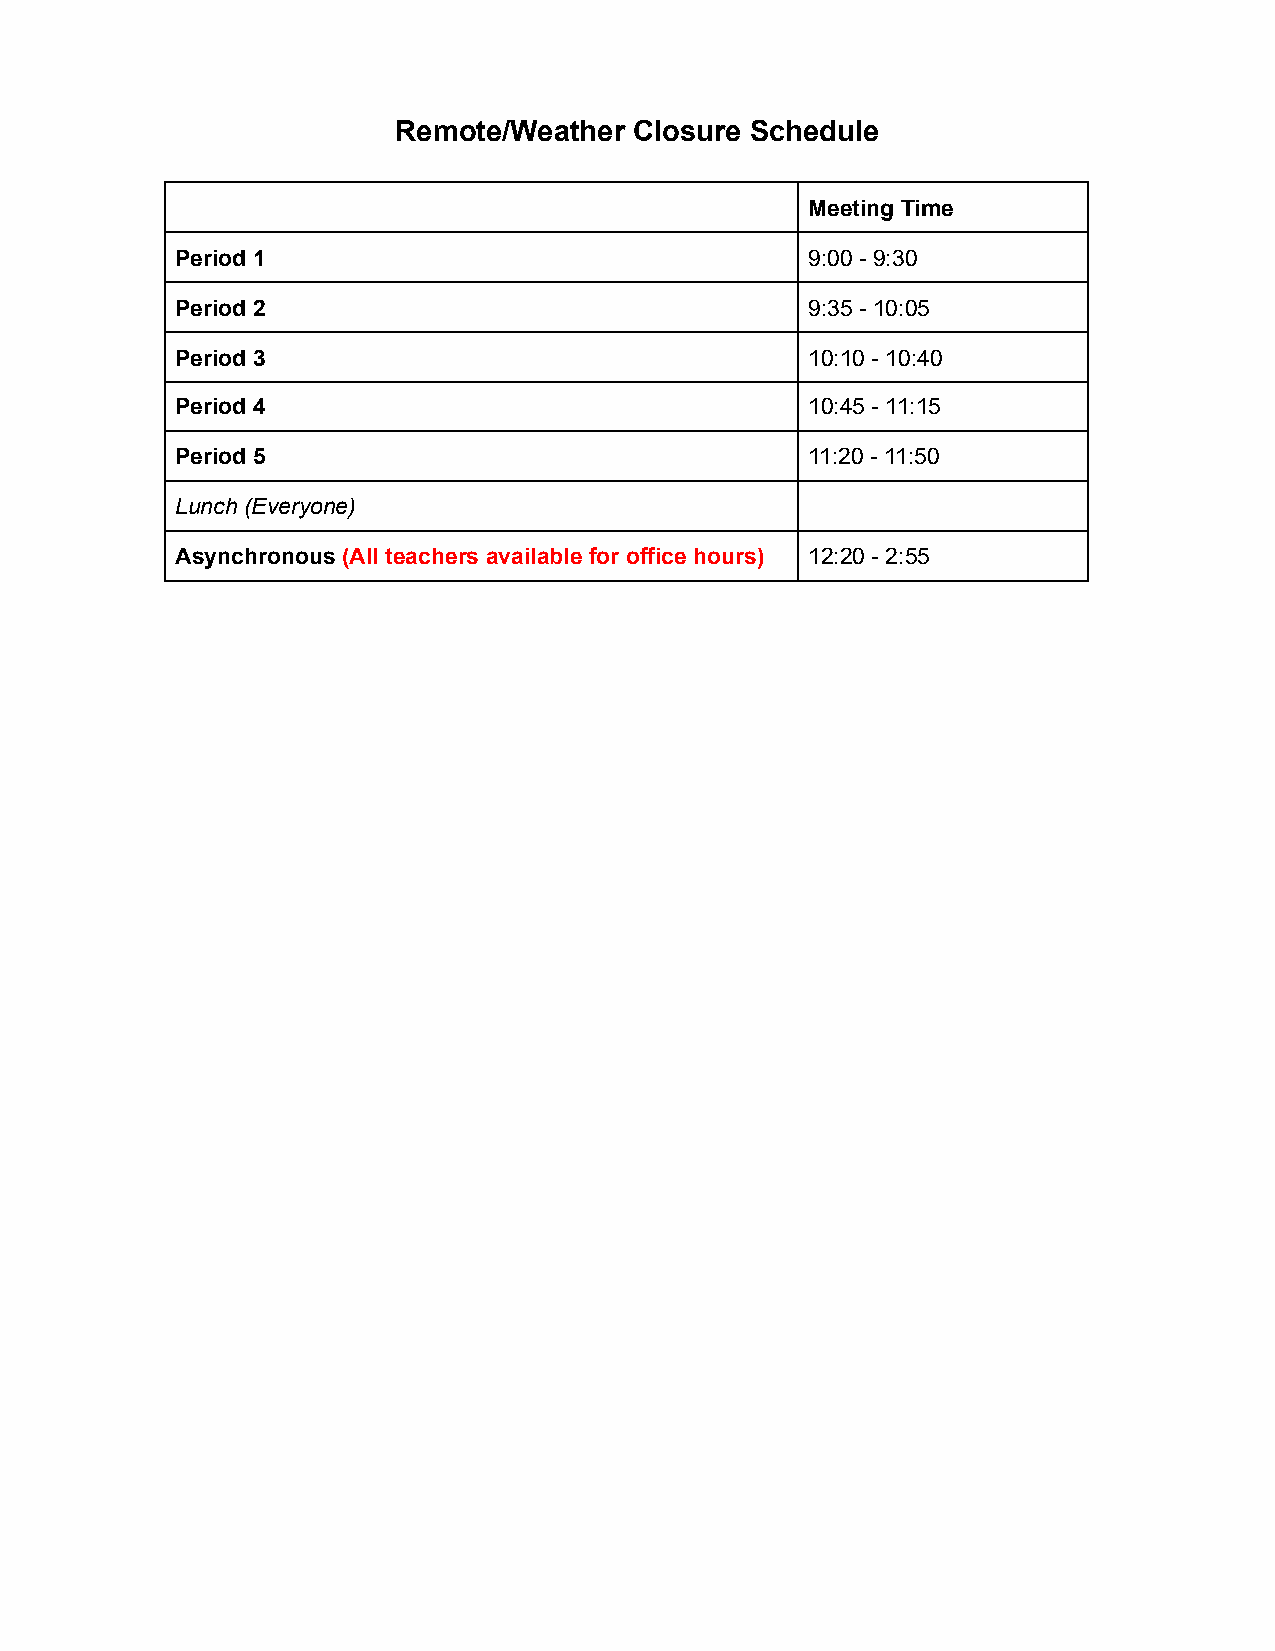
Remote/Weather  Closure Schedule
 Meeting Time
 Period 1                                 9:00 - 9:30
 Period 2                                 9:35 - 10:05
 Period 3                                 10:10 - 10:40
 Period 4                                 10:45 - 11:15
 Period 5                                 11:20 - 11:50
 Lunch (Everyone)
 Asynchronous ( All teachers available for office hours) 12:20 - 2:55